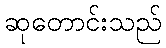
ဆုတောင်းသည်